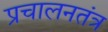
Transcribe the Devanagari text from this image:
प्रचालनतंत्र